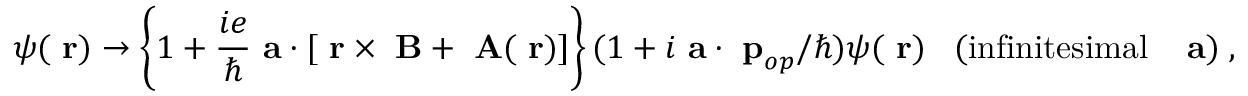
\psi ( \mathrm { \bf ~ r } ) \rightarrow \left\{ 1 + \frac { i e } { \hbar } { \mathrm { \bf ~ a } } \cdot [ \mathrm { \bf ~ r } \times \mathrm { \bf ~ B } + \mathrm { \bf ~ A } ( \mathrm { \bf ~ r } ) ] \right\} ( 1 + i { \mathrm { \bf ~ a } } \cdot \mathrm { \bf ~ p } _ { o p } / \hbar ) \psi ( \mathrm { \bf ~ r } ) \; \; \; ( \mathrm { i n f i n i t e s i m a l \; \; \; { \mathrm { \bf ~ a } } ) \; , }